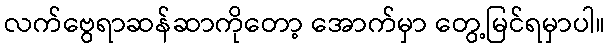
လက်ဗွေရာဆန်ဆာကိုတော့ အောက်မှာ တွေ့မြင်ရမှာပါ။